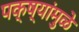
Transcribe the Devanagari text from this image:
पक्ष्यांमुळे